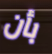
بأن